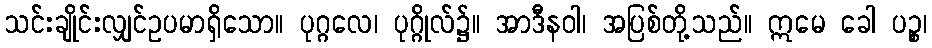
သင်းချိုင်းလျှင်ဥပမာရှိသော။ ပုဂ္ဂလေ၊ ပုဂ္ဂိုလ်၌။ အာဒီနဝါ၊ အပြစ်တို့သည်။ ဣမေ ခေါ ပဉ္စ၊